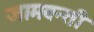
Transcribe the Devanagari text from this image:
जामवन्ती